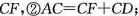
C F$$，②$$A C = C F + C D$$；